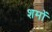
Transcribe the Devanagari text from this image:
शमों